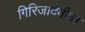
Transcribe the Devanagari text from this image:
गिरिजादेवीचा